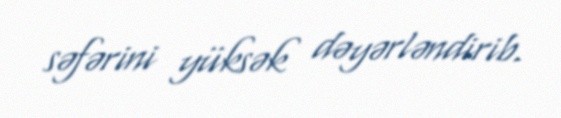
səfərini yüksək dəyərləndirib.